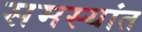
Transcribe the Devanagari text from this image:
समस्यांत